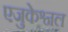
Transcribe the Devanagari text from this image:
एजुकेश्नल